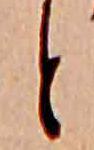
と